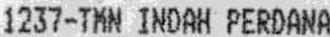
1237-TMN INDAH PERDANA